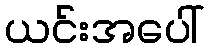
ယင်းအပေါ်